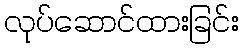
လုပ်ဆောင်ထားခြင်း